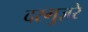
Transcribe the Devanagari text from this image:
दरगुज़रे